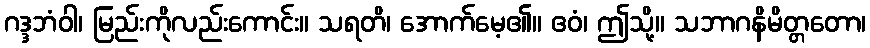
ဂဒ္ဒဘံဝါ၊ မြည်းကိုလည်းကောင်း။ သရတိ၊ အောက်မေ့၏။ ဧဝံ၊ ဤသို့။ သဘာဂနိမိတ္တတော၊